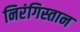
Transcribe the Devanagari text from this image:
निरंगिस्तान